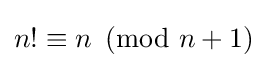
n!\equiv n\!\!\!{\pmod {n+1}}